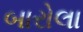
બારોલા